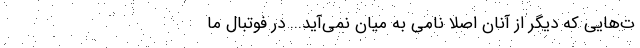
ت‌هايي كه ديگر از آنان اصلا نامي به ميان نمي‌آيد... در فوتبال‌ ما